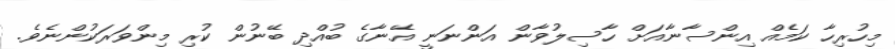
މިހުރިހާ ކަމެއް އިންސާނާއަށް ހާސިލުވާން އަންނަނީ އޭނާގެ ބުއްދި ބޭނުން ކުރި މިންވަރަކުންނެވެ.